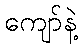
ကျော်နဲ့